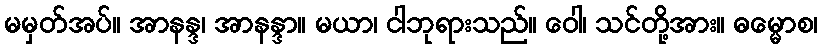
မမှတ်အပ်။ အာနန္ဒ၊ အာနန္ဒာ။ မယာ၊ ငါဘုရားသည်။ ဝေါ၊ သင်တို့အား။ ဓမ္မောစ၊